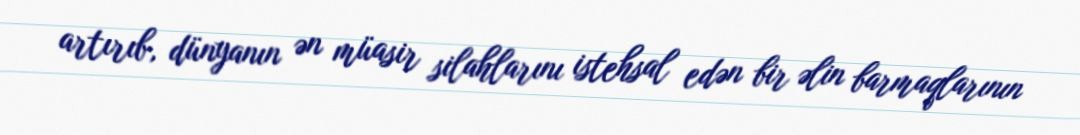
artırıb, dünyanın ən müasir silahlarını istehsal edən bir əlin barmaqlarının